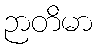
ဉာတိမာ